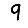
Digit: 9